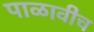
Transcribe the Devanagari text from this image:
पाळावीच